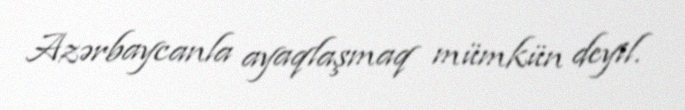
Azərbaycanla ayaqlaşmaq mümkün deyil.